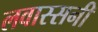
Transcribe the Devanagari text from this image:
लवास्सनी